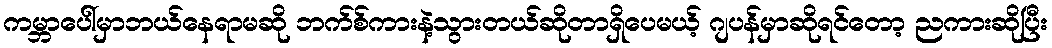
ကမ္ဘာပေါ်မှာဘယ်နေရာမဆို ဘက်စ်ကားနဲ့သွားတယ်ဆိုတာရှိပေမယ့် ဂျပန်မှာဆိုရင်တော့ ညကားဆိုပြီး